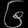
Digit: ၆